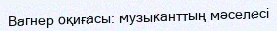
Вагнер оқиғасы: музыканттың мәселесі